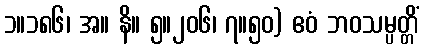
၁။၁၈၆၊ အ။ နိ။ ၅။၂၀၆၊ ၇။၅၀) ဧဝံ ဘဝသမ္ပတ္တိံ